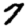
Digit: 7